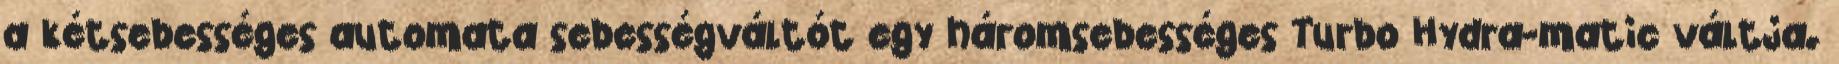
a kétsebességes automata sebességváltót egy háromsebességes Turbo Hydra-matic váltja.